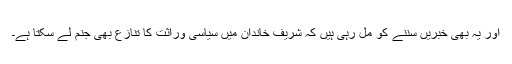
اور یہ بھی خبریں سننے کو مل رہی ہیں کہ شریف خاندان میں سیاسی وراثت کا تنازع بھی جنم لے سکتا ہے۔